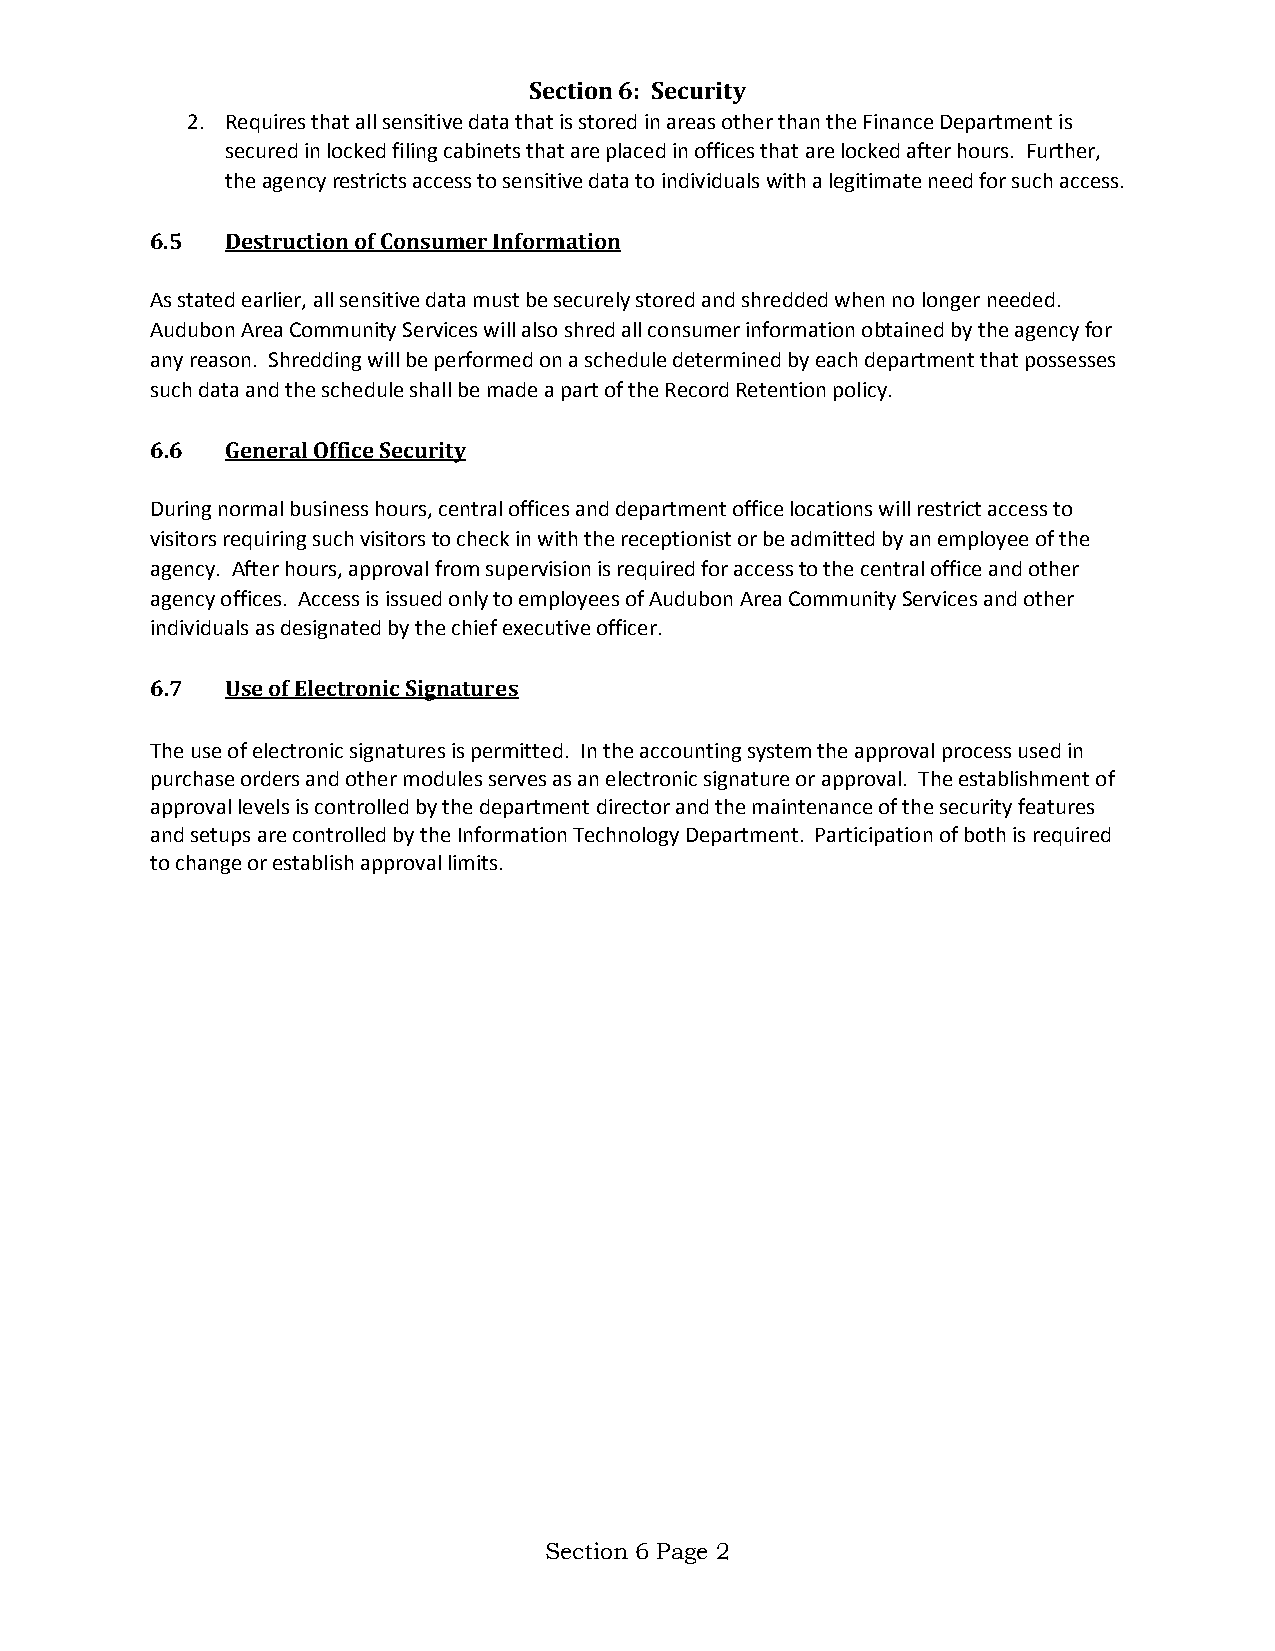
Section 6: Security
 2. Requires that all sensitive data that is stored in areas other than the Finance Department is
 secured in locked filing cabinets that are placed in offices that are locked after hours. Further,
 the agency restricts access to sensitive data to individuals with a legitimate need for such access.
 6.5  Destruction of Consumer Information
 As stated earlier, all sensitive data must be securely stored and shredded when no longer needed.
 Audubon Area Community Services will also shred all consumer information obtained by the agency for
 any reason. Shredding will be performed on a schedule determined by each department that possesses
 such data and the schedule shall be made a part of the Record Retention policy.
 6.6  General Office Security
 During normal business hours, central offices and department office locations will restrict access to
 visitors requiring such visitors to check in with the receptionist or be admitted by an employee of the
 agency. After hours, approval from supervision is required for access to the central office and other
 agency offices. Access is issued only to employees of Audubon Area Community Services and other
 individuals as designated by the chief executive officer.
 6.7  Use of Electronic Signatures
 The use of electronic signatures is permitted. In the accounting system the approval process used in
 purchase orders and other modules serves as an electronic signature or approval. The establishment of
 approval levels is controlled by the department director and the maintenance of the security features
 and setups are controlled by the Information Technology Department. Participation of both is required
 to change or establish approval limits.
 Section 6 Page 2